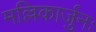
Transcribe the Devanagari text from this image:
मल्लिकार्जुनः